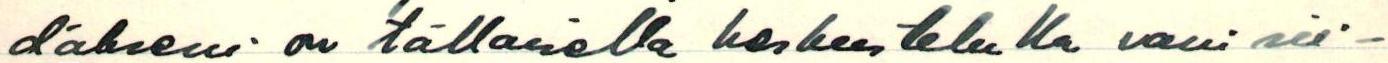
däkseni on tällaisella keskustelulla vain sii-